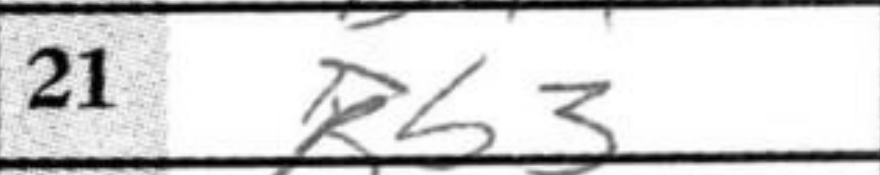
Transcription: Bb3